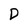
Character: D